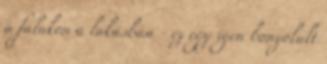
a falakon a lakásban - ez egy igen bonyolult